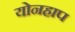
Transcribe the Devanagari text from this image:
योनहाप